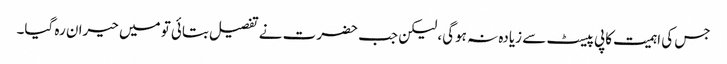
جس کی اہمیت کاپی پیسٹ سے زیادہ نہ ہوگی، لیکن جب حضرت نے تفصیل بتائی تو میں حیران رہ گیا۔